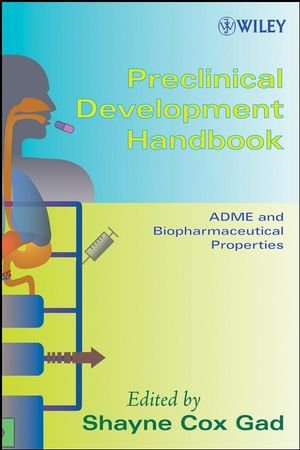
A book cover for Preclinical Development Handbook: ADME and Biopharmaceutical Properties; Medical Books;